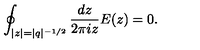
\oint _ { | z | = | q | ^ { - 1 / 2 } } \frac { d z } { 2 \pi i z } E ( z ) = 0 .